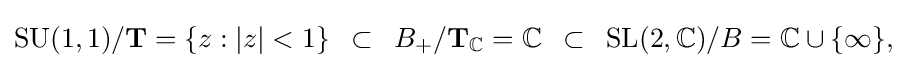
\displaystyle {\mathrm {SU} (1,1)/\mathbf {T} =\{z:|z|<1\}\,\,\,\subset \,\,\,B_{+}/\mathbf {T} _{\mathbb {C} }=\mathbb {C} \,\,\,\subset \,\,\,\mathrm {SL} (2,\mathbb {C} )/B=\mathbb {C} \cup \{\infty \},}